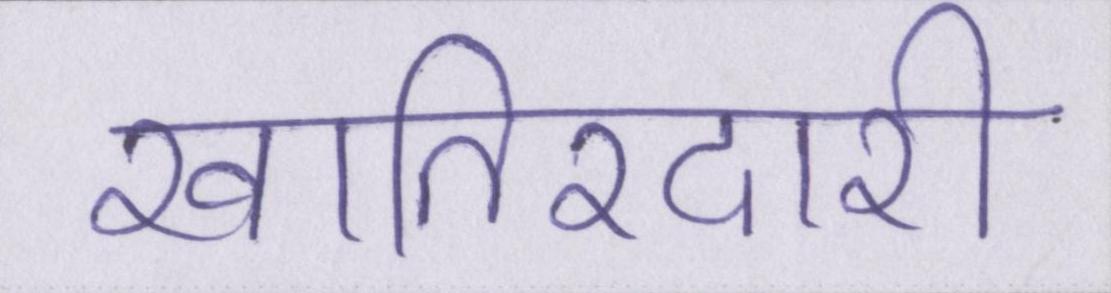
खातिरदारी